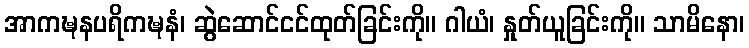
အာကဍ္ဎနပရိကဍ္ဎနံ၊ ဆွဲဆောင်ငင်ထုတ်ခြင်းကို။ ဂါယံ၊ နှုတ်ယူခြင်းကို။ သာမိနော၊